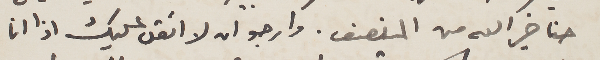
حنا خيرالله من المنصف. وارجو ان لا اتقل عليك اذا انا